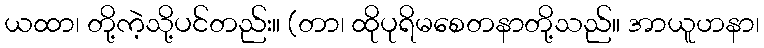
ယထာ၊ တို့ကဲ့သို့ပင်တည်း။ (တာ၊ ထိုပုရိမစေတနာတို့သည်။ အာယူဟနာ၊